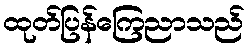
ထုတ်ပြန်ကြေညာသည်